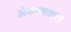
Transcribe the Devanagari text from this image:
अंकावतार।